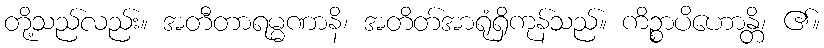
တို့သည်လည်း။ အတီတာရမ္မဏာနိ၊ အတိတ်အာရုံရှိကုန်သည်။ ကိဉ္စာပိဟောန္တိ၊ ၏။